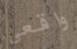
واقعي